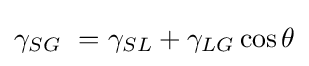
\gamma _{SG}\ =\gamma _{SL}+\gamma _{LG}\cos {\theta }